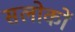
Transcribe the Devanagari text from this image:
सलोकों